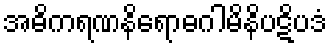
အဓိကရဏနိရောဓဂါမိနိပဋိပဒံ